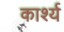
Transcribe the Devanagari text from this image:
कार्श्य